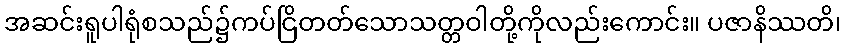
အဆင်းရူပါရုံစသည်၌ကပ်ငြိတတ်သောသတ္တဝါတို့ကိုလည်းကောင်း။ ပဇာနိဿတိ၊